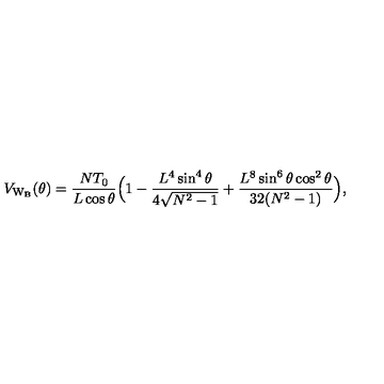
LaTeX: V _ { \mathrm { W _ { B } } } ( \theta ) = \frac { N T _ { 0 } } { L \cos { \theta } } \Bigl ( 1 - \frac { L ^ { 4 } \sin ^ { 4 } { \theta } } { 4 \sqrt { N ^ { 2 } - 1 } } + \frac { L ^ { 8 } \sin ^ { 6 } { \theta } \cos ^ { 2 } { \theta } } { 3 2 ( N ^ { 2 } - 1 ) } \Bigr ) ,